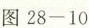
图28-10